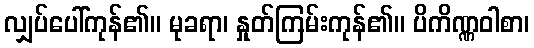
လျှပ်ပေါ်ကုန်၏။ မုခရာ၊ နှုတ်ကြမ်းကုန်၏။ ပိကိဏ္ဏဝါစာ၊